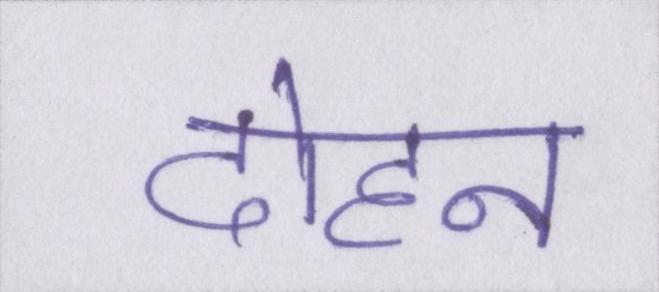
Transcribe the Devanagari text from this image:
दोहन